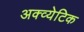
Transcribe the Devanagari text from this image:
अक्व्येटिक